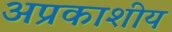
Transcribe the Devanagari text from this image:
अप्रकाशीय